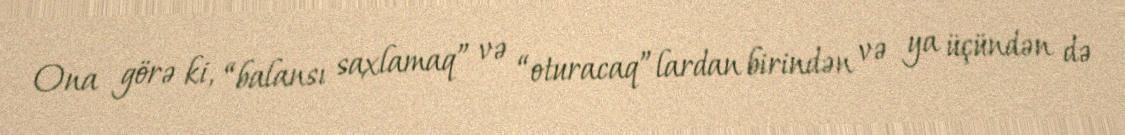
Ona görə ki, “balansı saxlamaq” və “oturacaq”lardan birindən və ya üçündən də